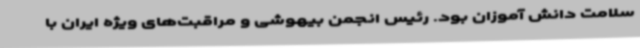
سلامت دانش آموزان بود. رئیس انجمن بیهوشی و مراقبت‌های ویژه ایران با